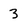
Character: 3